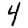
Digit: 4